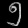
Digit: ၅